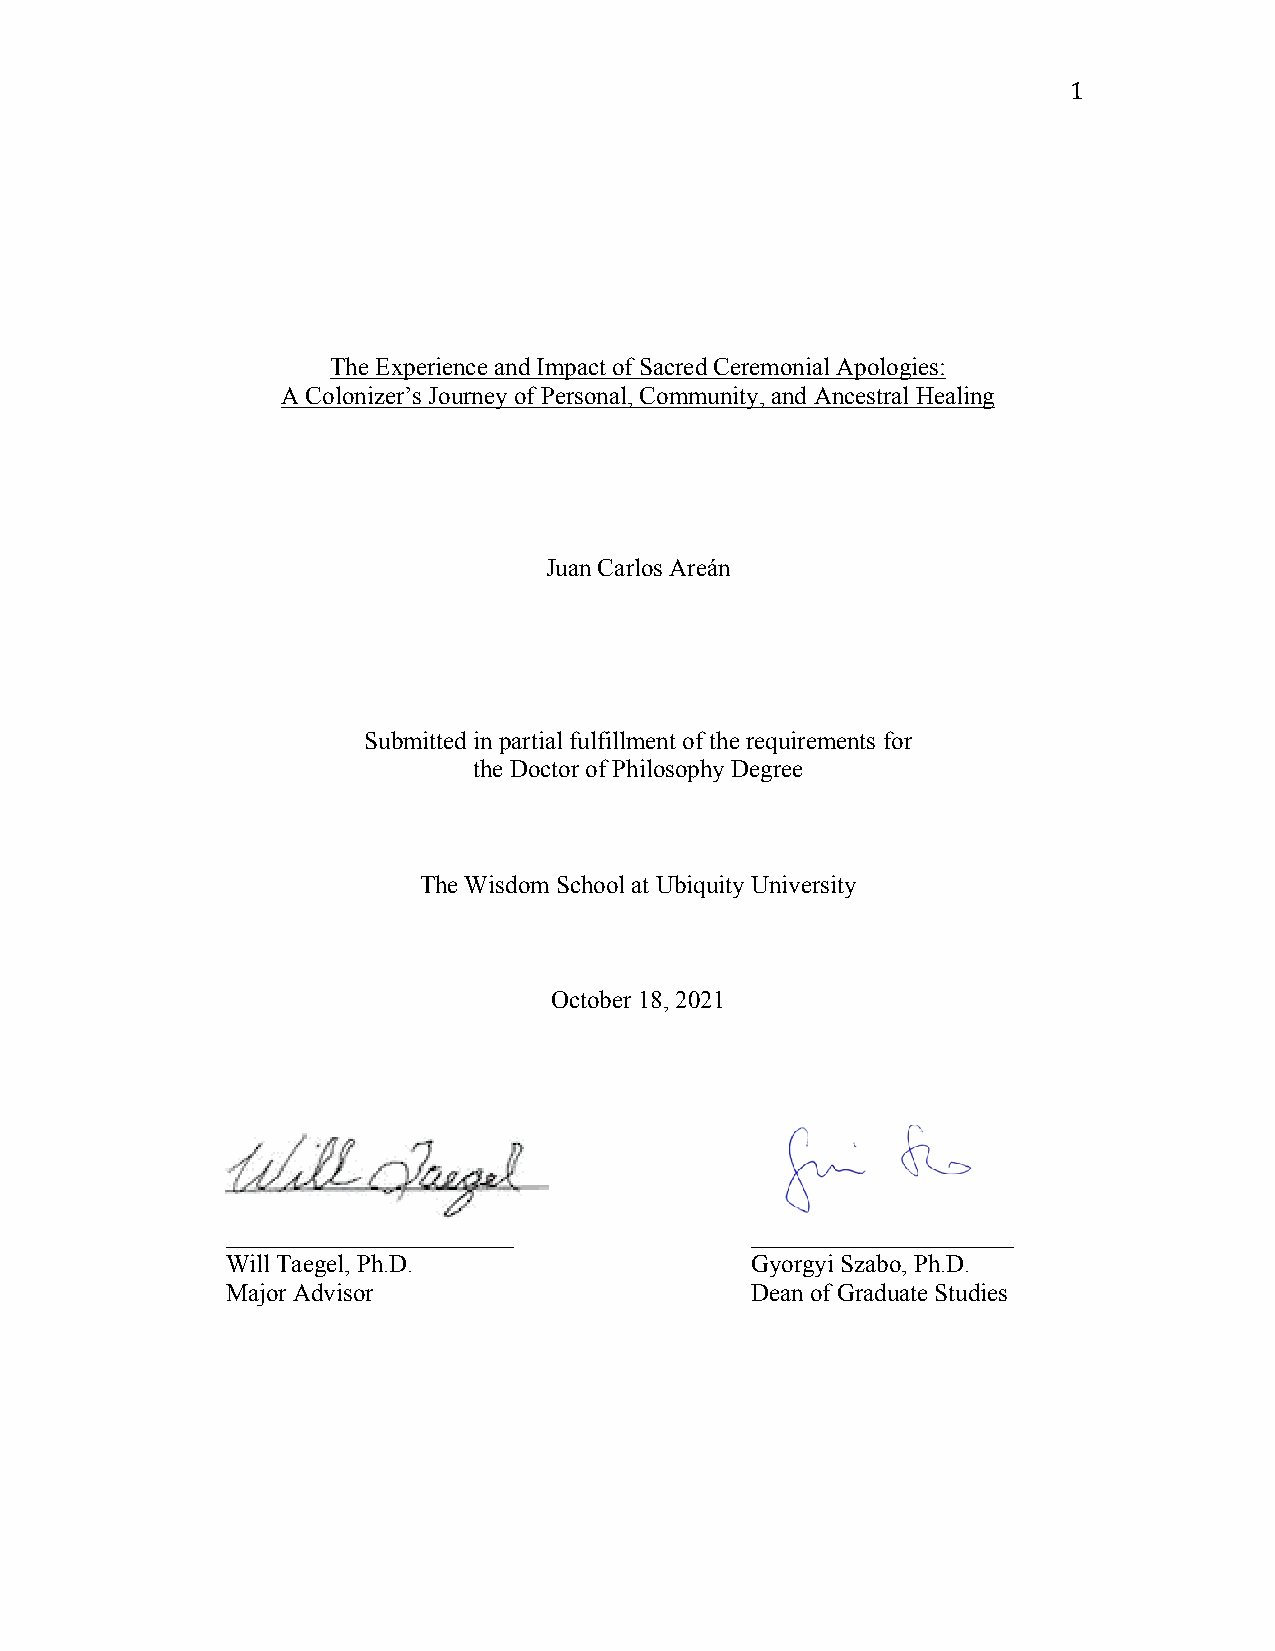
1
 The Experience and Impact of Sacred Ceremonial Apologies:
 A Colonizer’s Journey of Personal, Community, and Ancestral Healing
 Juan Carlos Areán
 Submitted in partial fulfillment of the requirements for
 the Doctor of Philosophy Degree
 The Wisdom School at Ubiquity University
 October 18, 2021
 _______________________            _____________________
 Will Taegel, Ph.D.                 Gyorgyi Szabo, Ph.D.
 Major Advisor                      Dean of Graduate Studies